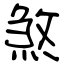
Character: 煞